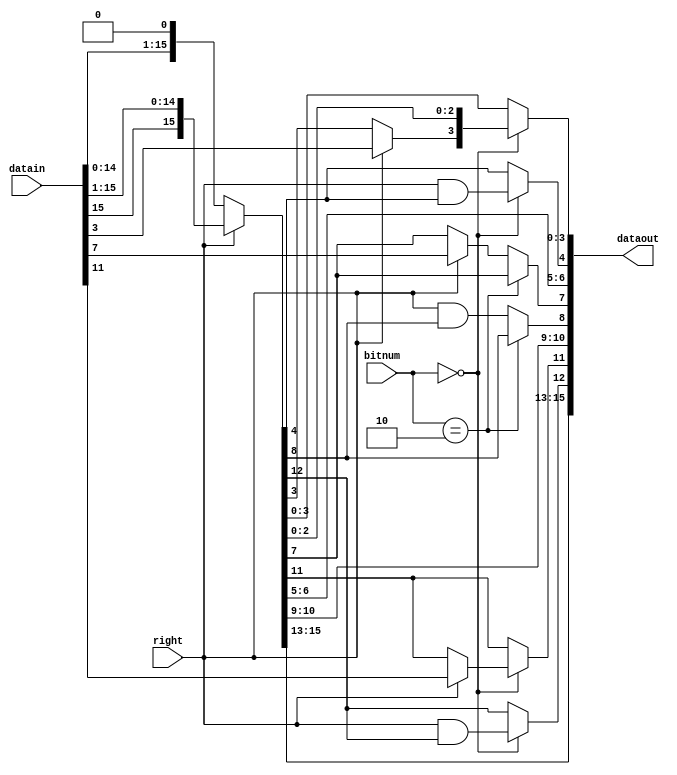
/////////////////////////////////////
//arithmetic shifter part
//dataout = datain >> right
////////////////////////////////////
module am_shifter(
input [15:0] datain,
input right,
input [1:0] bitnum,
output [15:0]dataout
);

wire [14:0]	right_temp = datain[15:1];
wire [14:0] left_temp = datain[14:0];

wire [15:0] data_temp = (right==1'b1)? {datain[15], right_temp} : {left_temp, 1'b0};

assign  dataout[3:0] = {(bitnum == 2'b00)? {(right==1'b1)?datain[3]:data_temp[3], data_temp[2:0]} :{data_temp[3:0]}};
assign  dataout[7:4] = {(bitnum == 2'b10)? {data_temp[7]} : {(right==1'b1)?datain[7]:
                         data_temp[7]},data_temp[6:5],(bitnum == 2'b00)? {right&data_temp[4]} : {data_temp[4]} };
assign  dataout[11:8] = {(bitnum == 2'b00)? {(right==1'b1)?datain[11]:data_temp[11]} :
                          data_temp[11],data_temp[10:9],(bitnum == 2'b10)? {data_temp[8]} : {right&data_temp[8]} };
assign  dataout[15:12]= {data_temp[15:13],(bitnum == 2'b00)? {right&data_temp[12]} : {data_temp[12]} };

endmodule